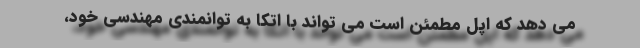
می دهد که اپل مطمئن است می تواند با اتکا به توانمندی مهندسی خود،